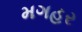
મગહર